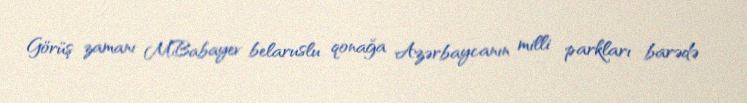
Görüş zamanı M.Babayev belaruslu qonağa Azərbaycanın milli parkları barədə